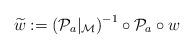
LaTeX: \begin{align*} \widetilde{w} := \left(\mathcal{P}_a \vert_{\mathcal{M}}\right)^{-1} \circ \mathcal{P}_a \circ w \end{align*}